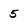
Character: 5